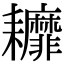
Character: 𦔭